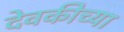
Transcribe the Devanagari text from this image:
देवकीच्या